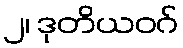
၂၊ ဒုတိယဝဂ်